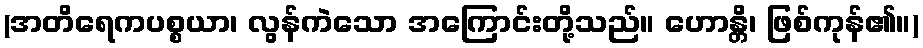
(အတိရေကပစ္စယာ၊ လွန်ကဲသော အကြောင်းတို့သည်။ ဟောန္တိ၊ ဖြစ်ကုန်၏။)